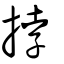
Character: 挬